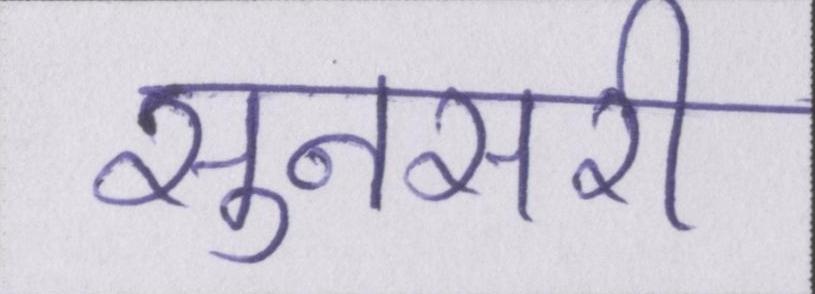
सुनसरी